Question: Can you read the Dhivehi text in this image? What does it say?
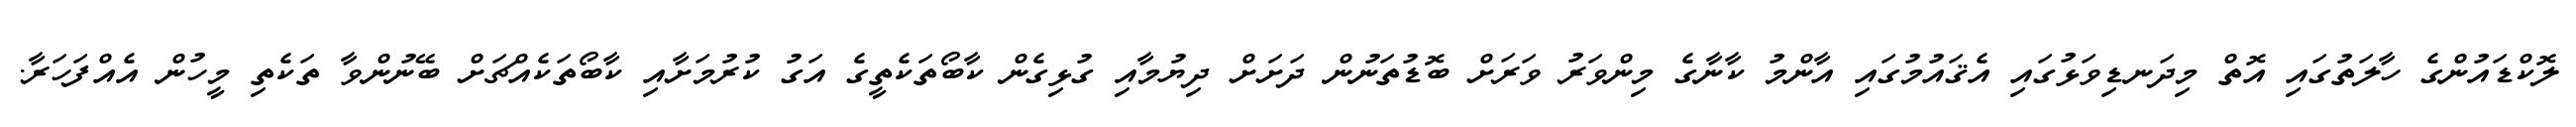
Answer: ލޮކްޑައުންގެ ހާލަތުގައި އޮތް މިދަނޑިވަޅުގައި އެޤައުމުގައި އާންމު ކާނާގެ މިންވަރު ވަރަށް ބޮޑުތަނުން ދަށަށް ދިޔުމާއި ގުޅިގެން ކާބޯތަކެތީގެ އަގު ކުރުމަށާއި ކާބޯތަކެއްޗަށް ބޭނުންވާ ތަކެތި މީހުން އެއްފަހަރާ.